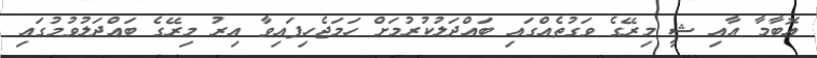
އޮބާމާ އާއި ޝީ މިރޭގެ ވަގުތެއްގައި ބައްދަލުކުރުމަށް ހަމަޖެހިފައިވާ އިރު މިރޭގެ ބައްދަލުވުމުގައި